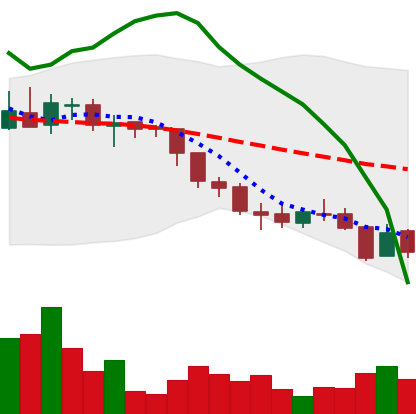
Ticker: ADA-USD
Chart end date: 2018-08-10
Forward return: -18.319%
Label: down_7plus